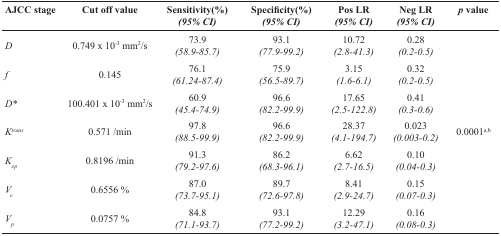
<table><thead><tr><td><b>AJCC stage</b></td><td><b>Cut off value</b></td><td><b>Sensitivity(%) <i>(95% CI)</i></b></td><td><b>Specificity(%) <i>(95% CI)</i></b></td><td><b>Pos LR<i>(95% CI)</i></b></td><td><b>Neg LR<i>(95% CI)</i></b></td><td><b><i>p</i> value</b></td></tr></thead><tbody><tr><td><i>D</i></td><td>0.749 × 10<sup>−3</sup> mm<sup>2</sup>/s</td><td>73.9<i>(58.9-85.7)</i></td><td>93.1<i>(77.9-99.2)</i></td><td>10.72<i>(2.8-41.3)</i></td><td>0.28<i>(0.2-0.5)</i></td><td></td></tr><tr><td><i>f</i></td><td>0.145</td><td>76.1<i>(61.24-87.4)</i></td><td>75.9<i>(56.5-89.7)</i></td><td>3.15<i>(1.6-6.1)</i></td><td>0.32<i>(0.2-0.5)</i></td><td></td></tr><tr><td><i>D</i>*</td><td>100.401 × 10<sup>−3</sup> mm<sup>2</sup>/s</td><td>60.9<i>(45.4-74.9)</i></td><td>96.6<i>(82.2-99.9)</i></td><td>17.65<i>(2.5-122.8)</i></td><td>0.41<i>(0.3-0.6)</i></td><td></td></tr><tr><td><i>K<sup>trans</sup></i></td><td>0.571 /min</td><td>97.8<i>(88.5-99.9)</i></td><td>96.6<i>(82.2-99.9)</i></td><td>28.37<i>(4.1-194.7)</i></td><td>0.023<i>(0.003-0.2)</i></td><td>0.0001<sup>a,b</sup></td></tr><tr><td><i>K<sub>ep</sub></i></td><td>0.8196 /min</td><td>91.3<i>(79.2-97.6)</i></td><td>86.2<i>(68.3-96.1)</i></td><td>6.62<i>(2.7-16.5)</i></td><td>0.10<i>(0.04-0.3)</i></td><td></td></tr><tr><td><i>V<sub>e</sub></i></td><td>0.6556 %</td><td>87.0<i>(73.7-95.1)</i></td><td>89.7<i>(72.6-97.8)</i></td><td>8.41<i>(2.9-24.7)</i></td><td>0.15<i>(0.07-0.3)</i></td><td></td></tr><tr><td><i>V<sub>p</sub></i></td><td>0.0757 %</td><td>84.8<i>(71.1-93.7)</i></td><td>93.1<i>(77.2-99.2)</i></td><td>12.29<i>(3.2-47.1)</i></td><td>0.16<i>(0.08-0.3)</i></td><td></td></tr></tbody></table>